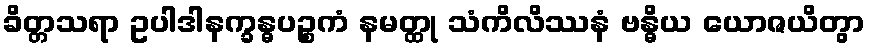
ခိတ္တသရာ ဥပါဒါနက္ခန္ဓပဉ္စကံ နမတ္ထု သံကိလိဿနံ ဗန္ဓိယ ယောဇယိတွာ